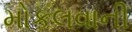
મોકલવાની